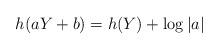
LaTeX: \begin{align*} h(aY+b) = h(Y) + \log|a|\end{align*}